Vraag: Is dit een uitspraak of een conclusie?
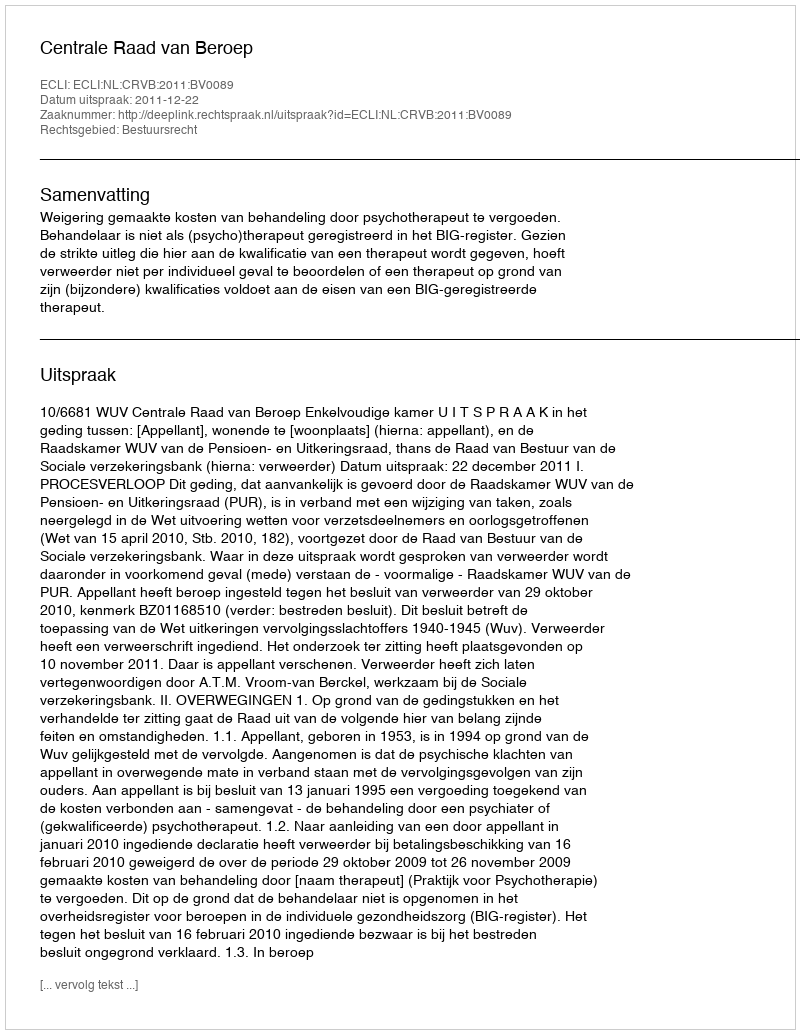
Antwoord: Uitspraak